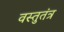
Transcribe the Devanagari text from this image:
वस्तुतंत्र